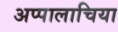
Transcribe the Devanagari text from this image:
अप्पालाचिया